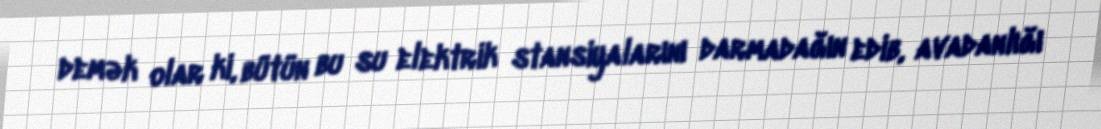
demək olar ki, bütün bu su elektrik stansiyalarını darmadağın edib, avadanlığı